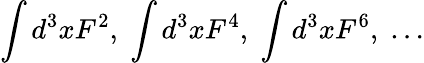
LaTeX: \int d^{3}xF^{2},\; \int d^{3}xF^{4},\; \int d^{3}xF^{6},\; \ldots